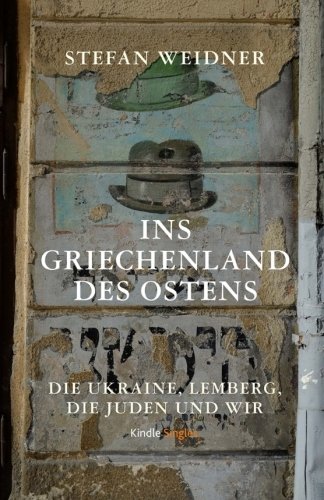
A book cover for Ins Griechenland des Ostens: Die Ukraine, Lemberg, die Juden und wir (German Edition); Stefan Weidner; Travel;